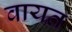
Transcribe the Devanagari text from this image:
वायत